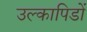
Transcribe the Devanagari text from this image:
उल्कापिडों